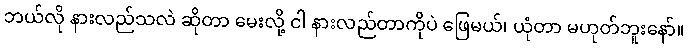
ဘယ်လို နားလည်သလဲ ဆိုတာ မေးလို့ ငါ နားလည်တာကိုပဲ ဖြေမယ်၊ ယုံတာ မဟုတ်ဘူးနော်။